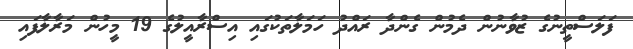
ފަލަސްތީނުގެ ޒުވާނުން ދެމުން ގެންދާ ރައްދު ހަމަލާތަކުގައި އިސްރާއީލުގެ 19 މީހުން މަރާލާފައި